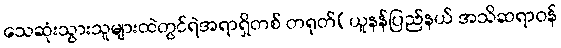
သေဆုံးသွားသူများထဲတွင်ရဲအရာရှိတစ် တရုတ်(ယူနန်ပြည်နယ် အသိဆရာဝန်